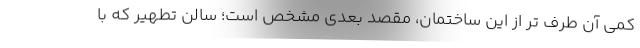
کمی آن طرف تر از این ساختمان، مقصد بعدی مشخص است؛ سالن تطهیر که با